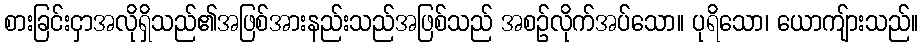
စားခြင်းငှာအလိုရှိသည်၏အဖြစ်အားနည်းသည်အဖြစ်သည် အစဉ်လိုက်အပ်သော။ ပုရိသော၊ ယောကျ်ားသည်။